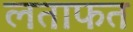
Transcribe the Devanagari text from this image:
लताफत